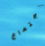
إجتماع